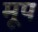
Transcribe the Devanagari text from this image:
मूप